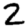
Digit: 2